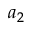
a _ { 2 }